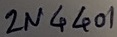
Text: 2N4401